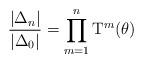
LaTeX: \begin{align*}\frac{|\Delta_n|}{|\Delta_0|}=\prod_{m=1}^n \mathrm{T}^m(\theta) \end{align*}